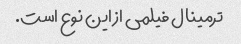
ترمینال فیلمی از این نوع است.